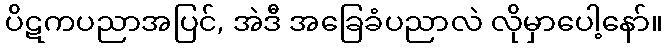
ပိဋကပညာအပြင်, အဲဒီ အခြေခံပညာလဲ လိုမှာပေါ့နော်။